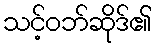
သင့်ဝဘ်ဆိုဒ်၏